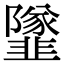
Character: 𩐌